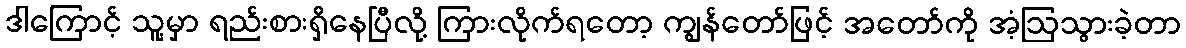
ဒါကြောင့် သူ့မှာ ရည်းစားရှိနေပြီလို့ ကြားလိုက်ရတော့ ကျွန်တော်ဖြင့် အတော်ကို အံ့ဩသွားခဲ့တာ